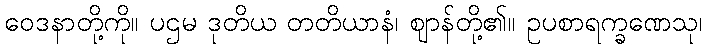
ဝေဒနာတို့ကို။ ပဌမ ဒုတိယ တတိယာနံ၊ ဈာန်တို့၏။ ဥပစာရက္ခဏေသု၊